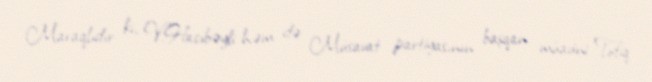
Maraqlıdır ki, V.Hacıbəyli həm də Müsavat partiyasının başqan müavini Tofiq